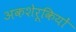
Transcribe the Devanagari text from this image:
अकशेरूकियों